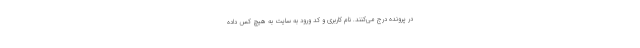
در پرونده درج می‌کنند. نام کاربری و کد ورود به سایت به هیچ کس داده